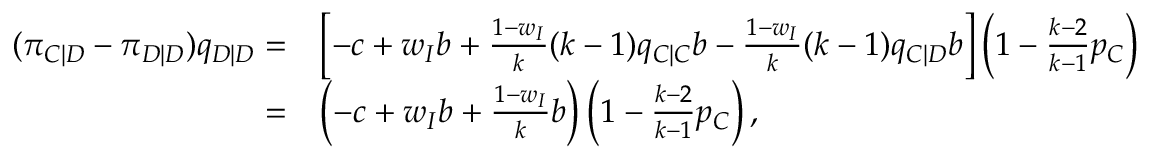
\begin{array} { r l } { ( \pi _ { C | D } - \pi _ { D | D } ) q _ { D | D } = } & { \left[ - c + w _ { I } b + \frac { 1 - w _ { I } } { k } ( k - 1 ) q _ { C | C } b - \frac { 1 - w _ { I } } { k } ( k - 1 ) q _ { C | D } b \right] \left( 1 - \frac { k - 2 } { k - 1 } p _ { C } \right) } \\ { = } & { \left( - c + w _ { I } b + \frac { 1 - w _ { I } } { k } b \right) \left( 1 - \frac { k - 2 } { k - 1 } p _ { C } \right) , } \end{array}